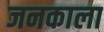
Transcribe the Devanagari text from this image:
जनकाला